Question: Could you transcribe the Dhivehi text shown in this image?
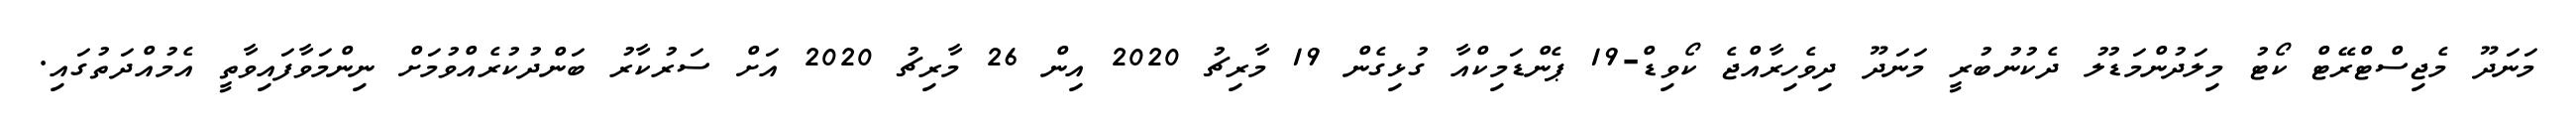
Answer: މަނަދޫ މެޖިސްޓްރޭޓް ކޯޓު މިލަދުންމަޑުލު ދެކުނުބުރީ މަނަދޫ ދިވެހިރާއްޖެ ކޯވިޑް-19 ޕެންޑަމިކްއާ ގުޅިގެން 19 މާރިޗު 2020 އިން 26 މާރިޗު 2020 އަށް ސަރުކާރު ބަންދުކުރެއްވުމަށް ނިންމަވާފައިވާތީ އެމުއްދަތުގައި.